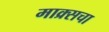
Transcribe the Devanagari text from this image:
माक्र्सचा